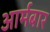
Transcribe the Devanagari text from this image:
आर्मबार